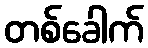
တစ်ခေါက်